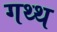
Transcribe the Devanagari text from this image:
गथ्थ